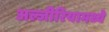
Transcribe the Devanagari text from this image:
अल्जीरियामध्ये